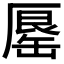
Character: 𠪟